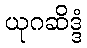
ယုဂဆိဒ္ဒံ